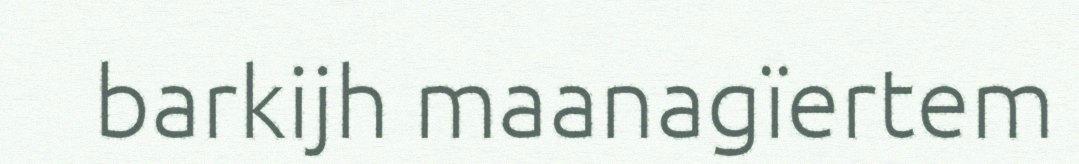
barkijh maanagïertem